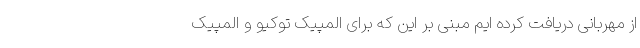
از مهربانی دریافت کرده ایم مبنی بر این که برای المپیک توکیو و المپیک